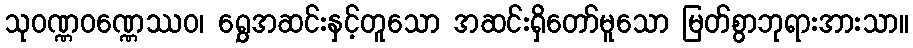
သုဝဏ္ဏဝဏ္ဏေဿဝ၊ ရွှေအဆင်းနှင့်တူသော အဆင်းရှိတော်မူသော မြတ်စွာဘုရားအားသာ။